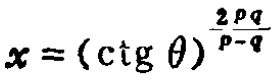
$x = (\operatorname{ctg} \theta)^{\frac{2 p q}{p - q}}$